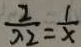
\frac { 2 } { \lambda 2 } = \frac { 1 } { x }